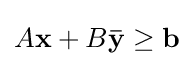
A\mathbf {x} +B\mathbf {\bar {y}} \geq \mathbf {b}